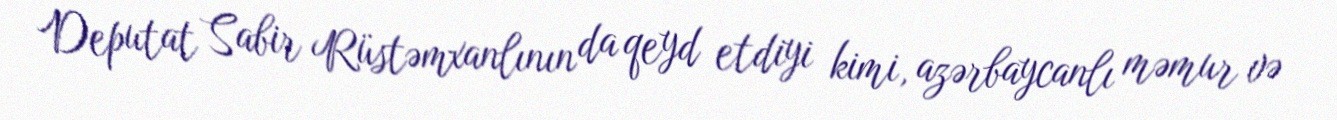
Deputat Sabir Rüstəmxanlının da qeyd etdiyi kimi, azərbaycanlı məmur və